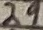
Text: 29